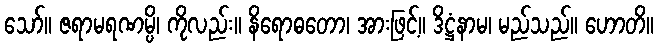
သော်။ ဇရာမရဏမ္ပိ၊ ကိုလည်း။ နိရောဓတော၊ အားဖြင့်။ ဒိဋ္ဌံနာမ၊ မည်သည်။ ဟောတိ။